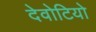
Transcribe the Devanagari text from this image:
देवोटियो